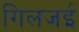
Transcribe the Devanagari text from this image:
गिलजई